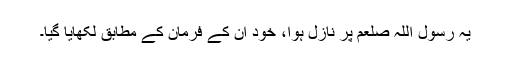
یہ رسول اللہ صلعم پر نازل ہوا، خود ان کے فرمان کے مطابق‌ لکھایا گیا۔